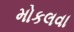
મોકલવા